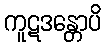
ကူဋဒန္တောပိ